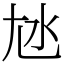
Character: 㝽